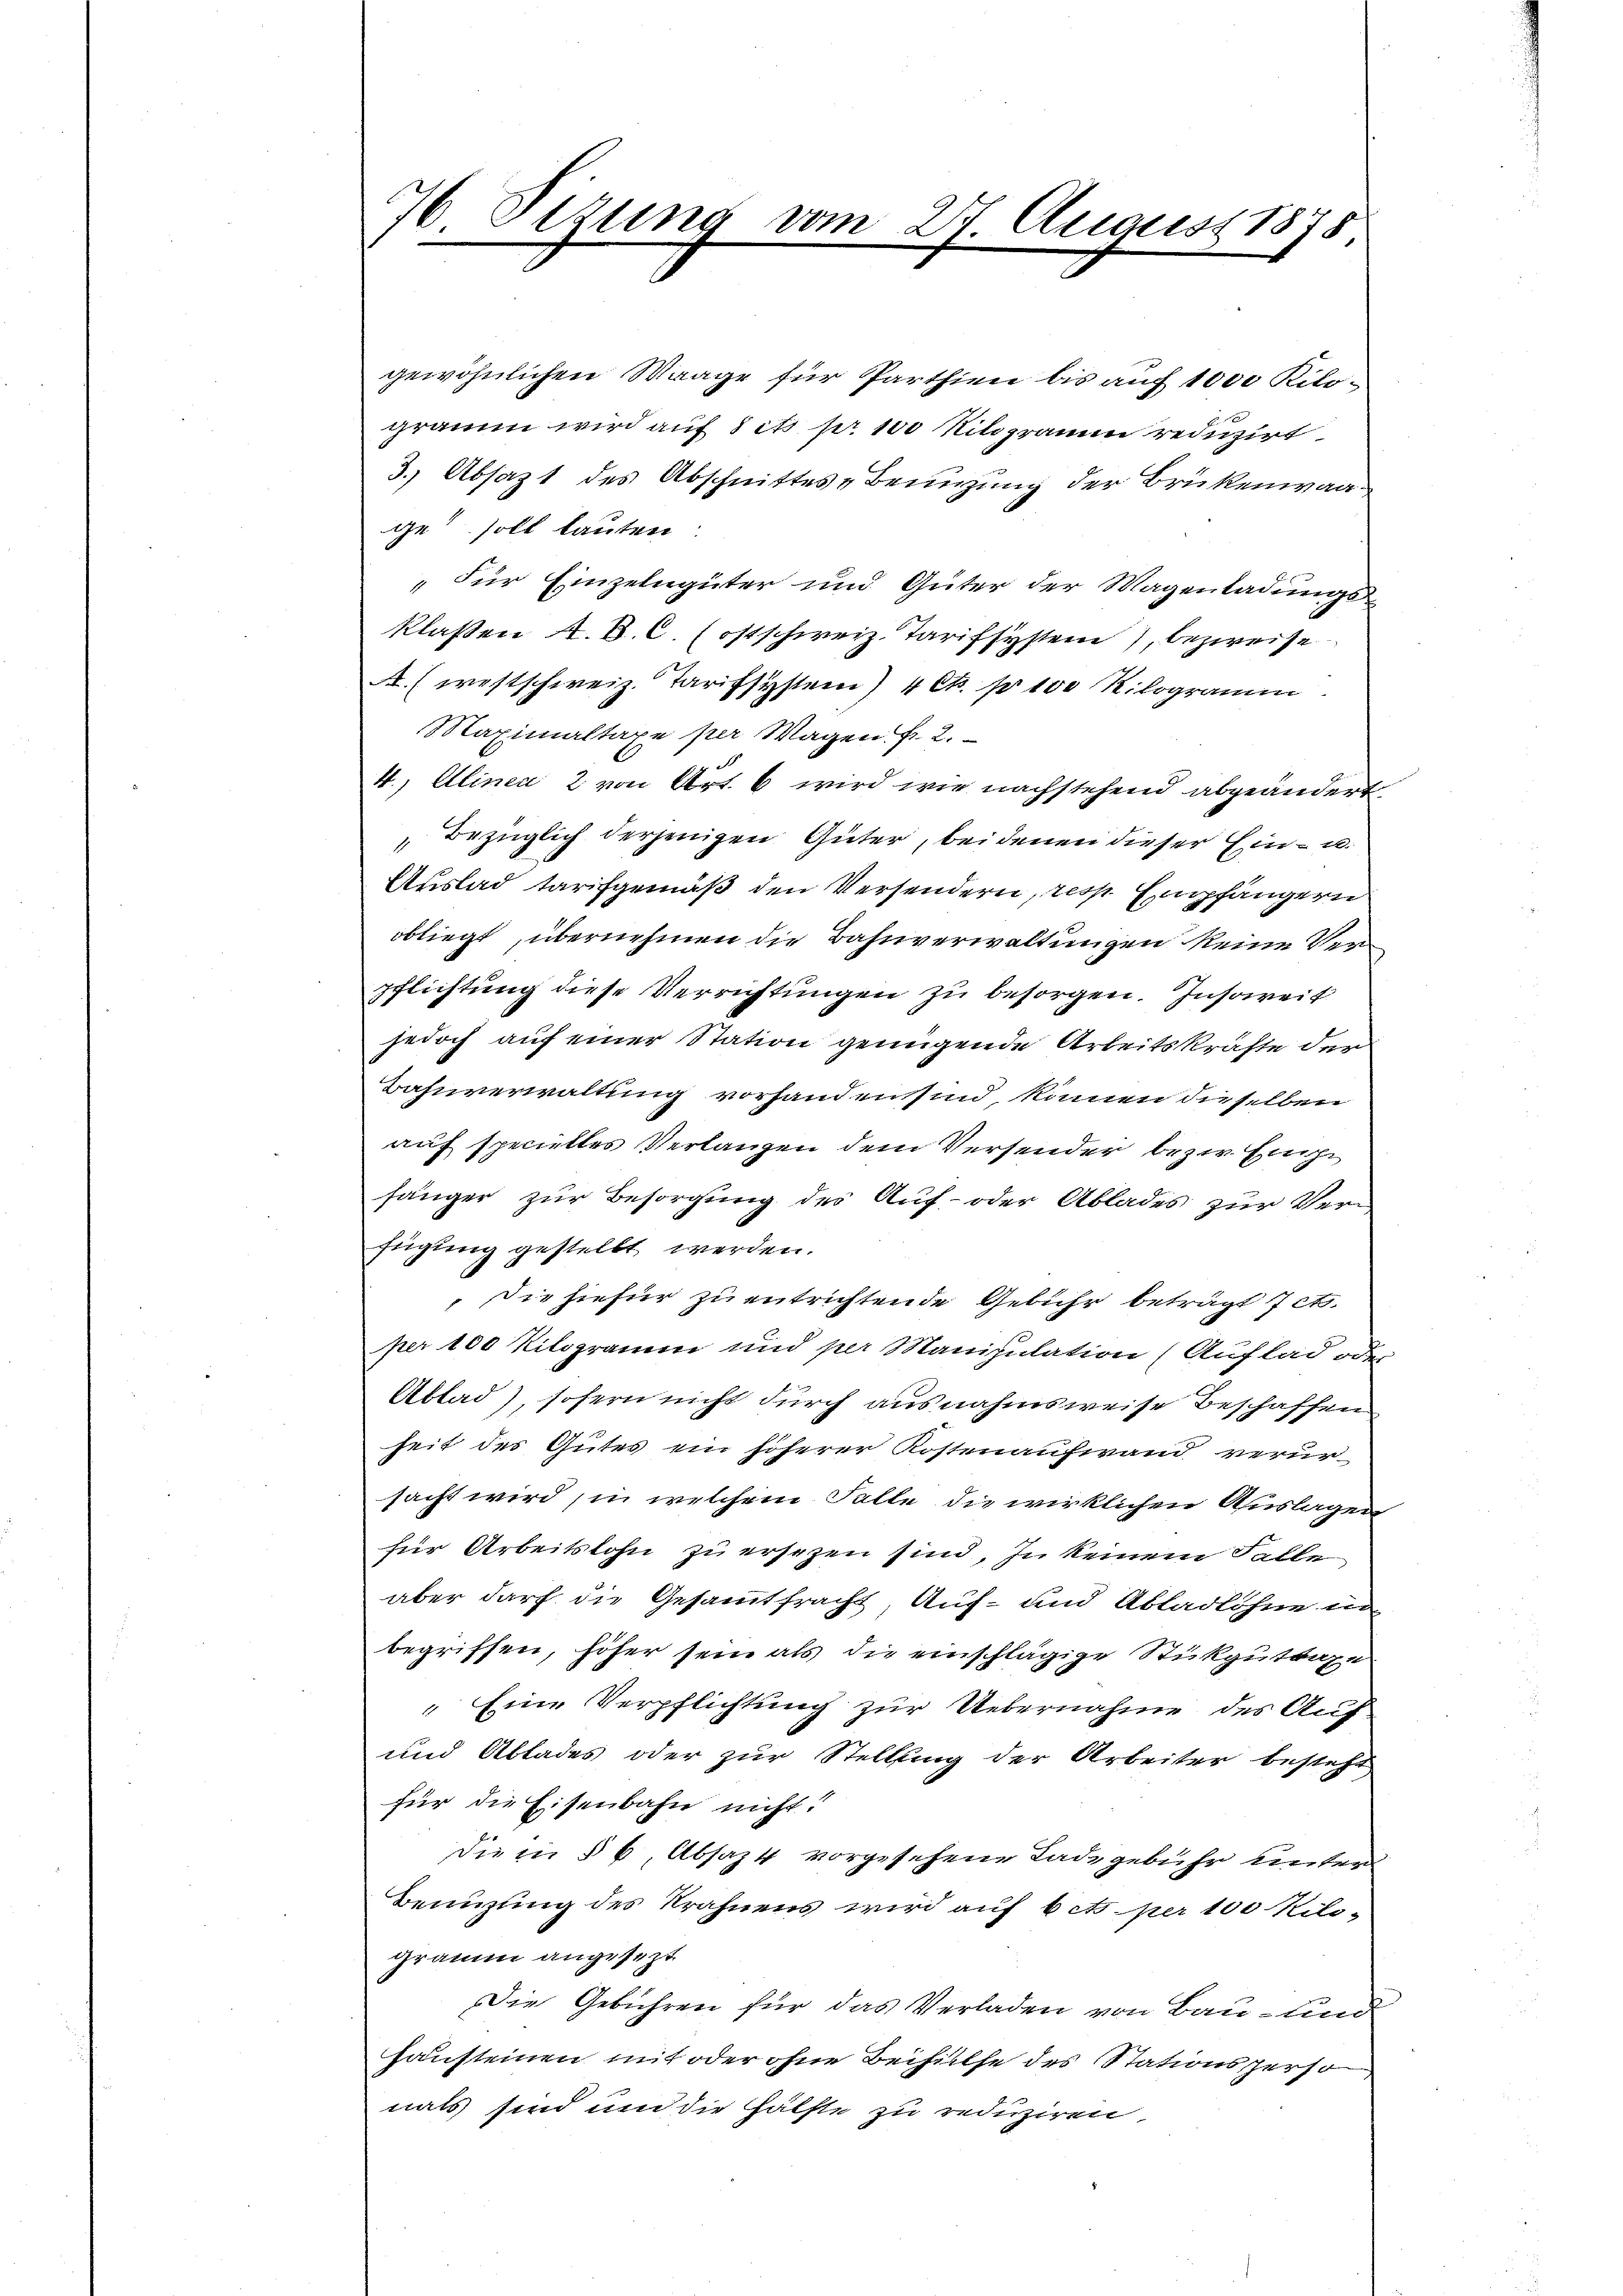
7 Sizung vom 27. August 1875

gewöhnlichen Waage für Parthien bis auf 1000 Kilograum wird auf dit pr 100 Kilogramm reduzirt
3. Absazt des Abschnittes- Benuzung der Brükenwaage soll lauten
„Für Einzelngüter und Güter der Magenladungs-
klaßen A. B. C. (ostschweiz. Tarifsystem, bezweife
A. (westschweiz. Tarifsystem) 4 c. pr 100 Kilogramm
Maximaltaxe per Wagen Fr. 2.
4., Alinea 2 von Art. 6 wird wie nachstehend abgeändert.
Bezüglich derjenigen Güter, beidenen dieser Ein- u.
Auslad tarifgemäß den Versendern, resp. Empfängern
obliegt, übernehmen die Bahnverwaltungen keine Verpflichtung diese Verrichtungen zu besorgen. Insoweit
jedoch auf einer Station genügende Arbeitskräfte der
Bahnverwaltung vorhanden sind, können dieselben
auf specielles Verlangen dem Versender bezw. Einge
fänger zur Besorgung des Auf- oder Ablades zur Verfügung gestellt werden.
Die hiefür zu entrichtende Gebühr beträgt et
per 100 Kilogramm und per Manipulation (Auflad oder
Abtad), sofern nicht durch ausnahmsweise Beschaffen
heit des Gutes ein höherer Kostenaufwand verursacht wird, in welchem Falle die wirklichen Auslagen
für Arbeitslohn zu ersezen sind, In keinem Falle
aber darf die Gesammtfracht, Auf- und Abladlöhne in
begriffen, höher sein als die einschlägige Stükguttaxe
" Eine Verpflichtung zur Uebernahme des Auf
und Ablades oder zur Stellung der Arbeiter besteht
für die Eisenbahn nicht!
die in § 6, Absaz 4 vorgesehene Lade gebühr unter¬
Benuzling des Krahnens wird auf 6 cts. per 100 Kilo-
gramm angesezt
Die Gebühren für das Verladen von Bau- und
Hausteinen mit oder ohne Beihülfe des Stationsperso
nals sind und die Hälfte zu reduziren,